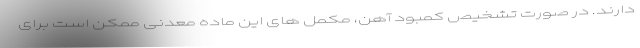
دارند. در صورت تشخیص کمبود آهن، مکمل های این ماده معدنی ممکن است برای